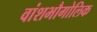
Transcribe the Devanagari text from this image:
वांशभौगोलिक